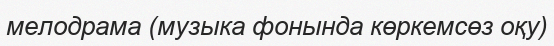
мелодрама (музыка фонында көркемсөз оқу)